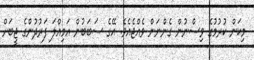
މިކަން ކުރުމުގެ ވިސްނުން ގެންނަން ވެއްޖެއެވެ. އޭގެ ސަބަބުން އަމިއްލަ ފަރުދުންގެ ޖީބަށް